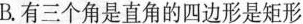
B.有三个角是直角的四边形是矩形